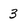
Character: 3